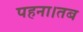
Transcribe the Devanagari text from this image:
पहना।तब